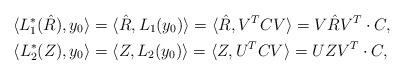
LaTeX: \begin{align*}\langle L^*_1(\hat R), y_0 \rangle &= \langle \hat R, L_1(y_0) \rangle = \langle \hat R, V^TCV \rangle = V \hat R V^T \cdot C, \\\langle L^*_2( Z), y_0 \rangle &= \langle Z, L_2(y_0) \rangle = \langle Z, U^TCV \rangle = U Z V^T \cdot C,\end{align*}